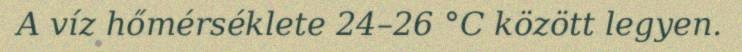
A víz hőmérséklete 24–26 °C között legyen.